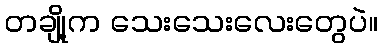
တချို့က သေးသေးလေးတွေပဲ။